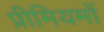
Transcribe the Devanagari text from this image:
प्रीमियमों